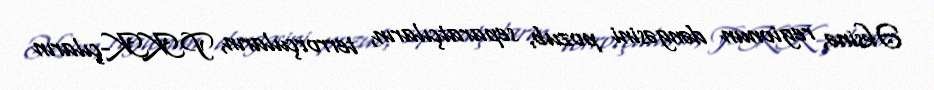
Əksinə, regionun dəngəsini pozub, separatçıların, terrorçuların, PKK-çıların